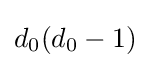
d_{0}(d_{0}-1)